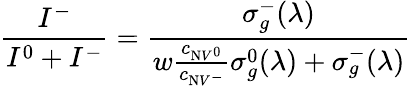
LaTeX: \frac{I^{-}}{I^{0}+I^{-}}=\frac{\sigma_{g}^{-}(\lambda)}{w\frac{c_{\mathrm{N}V^{0}}}{c_{\mathrm{N}V^{-}}}\sigma_{g}^{0}(\lambda)+\sigma_{g}^{-}(\lambda)}